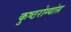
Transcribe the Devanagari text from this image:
कुष्ठरोग्यांस